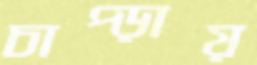
চাপ্‌ড়ায়